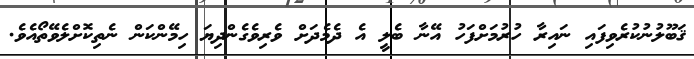
ޤަބޫލުނުކުރެވިފައި ނައިރާ ހުރުމަށްފަހު އޭނާ ބެލީ އެ ދެމެދަށް ވެރިވެގެންދިޔަ ހިމޭންކަން ނެތިކޮށްލެވޭތޯއެވެ.